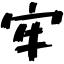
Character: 牢